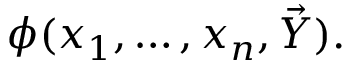
\phi ( x _ { 1 } , \dots , x _ { n } , { \vec { Y } } ) .